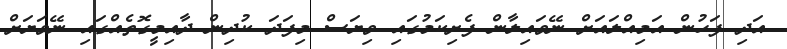
އަދި ފަހުން އަމިއްލައަށް ނޭވައިލާން ފެށިކަމުގައި ވިޔަސް މިފަދަ ކުދިން ދާއިމީގޮތެއްގައި ނޭވަޔަށް